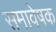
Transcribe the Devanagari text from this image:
समावेषक